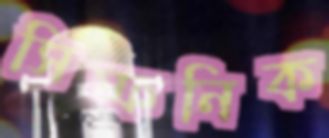
সিম্ফনিক